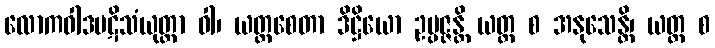
လောကဝါဒပဋိသံယုတ္တာ ဝါ၊ ယတ္ထစေတာ ဒိဋ္ဌိယော ဥပ္ပဇ္ဇန္တိ ယတ္ထ စ အနုသေန္တိ၊ ယတ္ထ စ